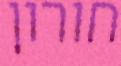
חורון